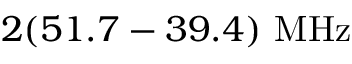
2 ( 5 1 . 7 - 3 9 . 4 ) ~ \mathrm { M H z }